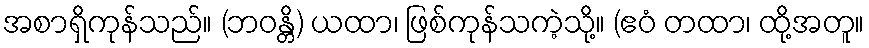
အစာရှိကုန်သည်။ (ဘဝန္တိ) ယထာ၊ ဖြစ်ကုန်သကဲ့သို့။ (ဧဝံ တထာ၊ ထို့အတူ။